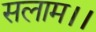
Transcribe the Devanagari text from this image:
सलाम।।